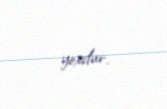
yoxdur.